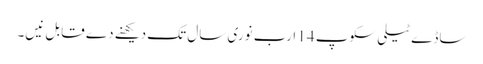
ساڈے ٹیلی سکوپ 14 ارب نوری سال تک دیکھنے دے قابل نیں۔